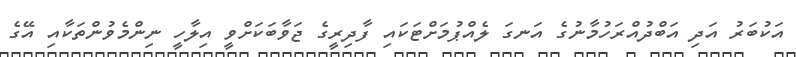
އަކުބަރު އަދި އަބްދުއްރަހުމާނުގެ އަނގަ ލެއްޕުމަށްޓަކައި ފާދިރީގެ ޖަވާބަކަށްވީ އިލާހީ ނިންމެވުންތަކާއި އޭގެ